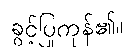
ခွင့်ပြုကုန်၏။